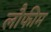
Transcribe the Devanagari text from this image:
लौफीम